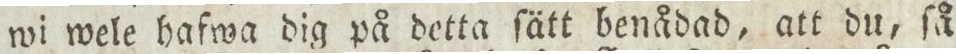
wi wele hafwa dig på detta ſätt benådad, att du, ſå